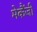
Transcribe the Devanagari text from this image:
मेकैंजी